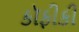
કૉફીકી